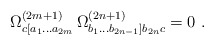
\begin{align*}\Omega^{(2m+1)}_{ c [a_1 \ldots a_{2m}} \,\Omega^{(2n+1)}_{ b_1 \ldots b_{2n-1} ] b_{2n} c} = 0 \ .\end{align*}